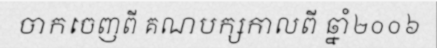
ចាកចេញពី គណបក្សកាលពី ឆ្នាំ២០០៦